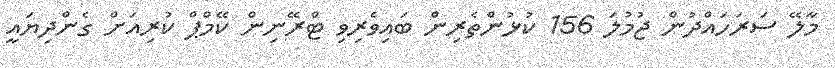
މާލޭ ސަރަހައްދުން ޖުމުލަ 156 ކުޅުންތެރިން ބައިވެރިވި ޓްރޭނިން ކޭމްޕް ކުރިއަށް ގެންދިޔައީ